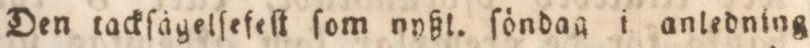
Den tackſägelſefeſt ſom nyßt. ſöndag i anledning